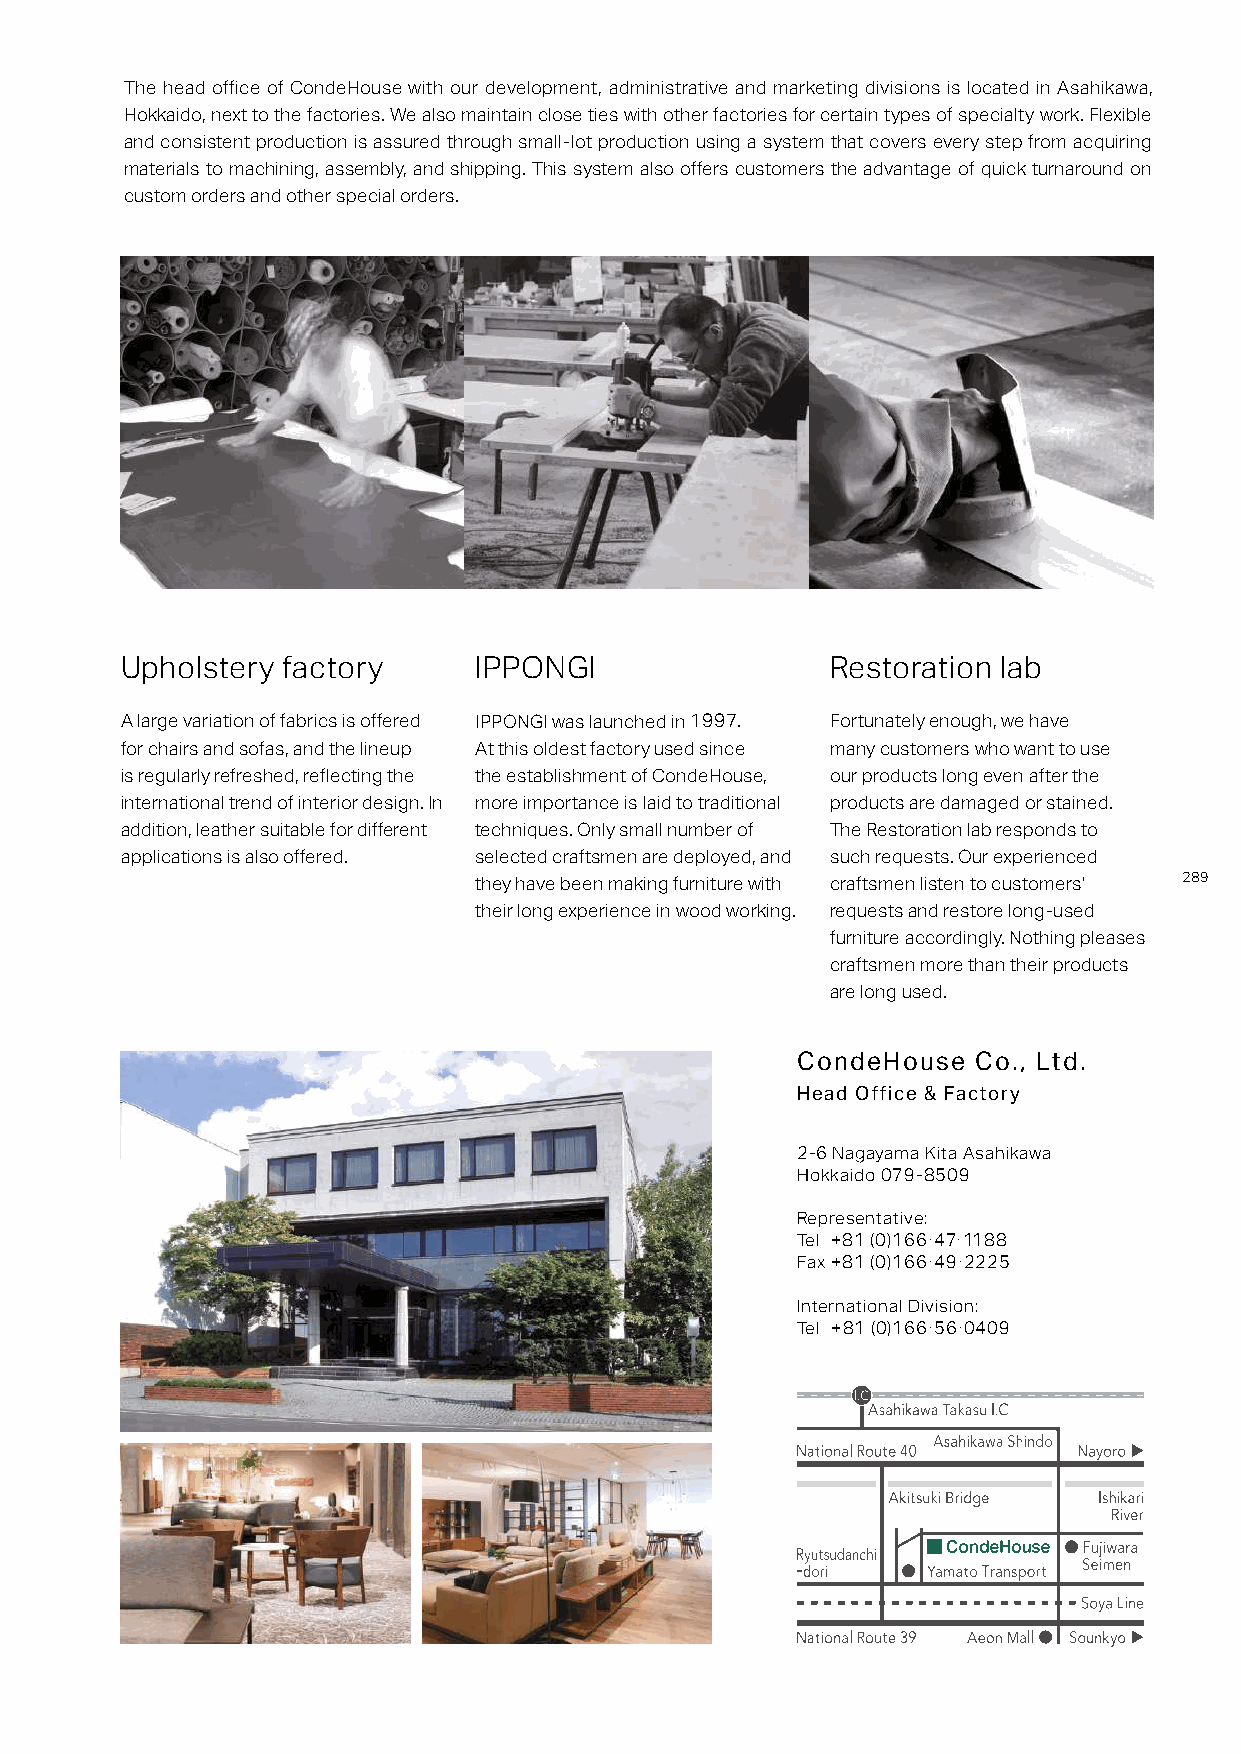
The head office of CondeHouse with our development, administrative and marketing divisions is located in Asahikawa,
 Hokkaido, next to the factories. We also maintain close ties with other factories for certain types of specialty work. Flexible
 and consistent production is assured through small-lot production using a system that covers every step from acquiring
 materials to machining, assembly, and shipping. This system also offers customers the advantage of quick turnaround on
 custom orders and other special orders.
 Upholstery factory     IPPONGI                 Restoration lab
 A large variation of fabrics is offered IPPONGI was launched in 1997. Fortunately enough, we have
 for chairs and sofas, and the lineup At this oldest factory used since many customers who want to use
 is regularly refreshed, reflecting the the establishment of CondeHouse, our products long even after the
 international trend of interior design. In more importance is laid to traditional products are damaged or stained.
 addition, leather suitable for different techniques. Only small number of The Restoration lab responds to
 applications is also offered. selected craftsmen are deployed, and such requests. Our experienced
 289
 they have been making furniture with craftsmen listen to customers'
 their long experience in wood working. requests and restore long-used
 furniture accordingly. Nothing pleases
 craftsmen more than their products
 are long used.
 CondeHouse  Co., Ltd.
 Head Office & Factory
 2-6 Nagayama Kita Asahikawa
 Hokkaido 079-8509
 Representative:
 Tel +81 (0)166·47·1188
 Fax +81 (0)166·49·2225
 International Division:
 Tel +81 (0)166·56·0409